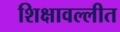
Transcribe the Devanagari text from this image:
शिक्षावल्लीत